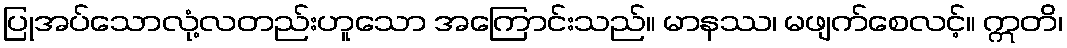
ပြုအပ်သောလုံ့လတည်းဟူသော အကြောင်းသည်။ မာနဿ၊ မဖျက်စေလင့်။ ဣတိ၊